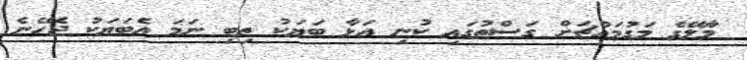
މާލޭގެ މަގުމައްޗަށް ގަސްތުގައި ކުނި އަޅާ ބަޔަކު ތިބި ނަމަ އެބަޔަކު ޖެހޭނެ